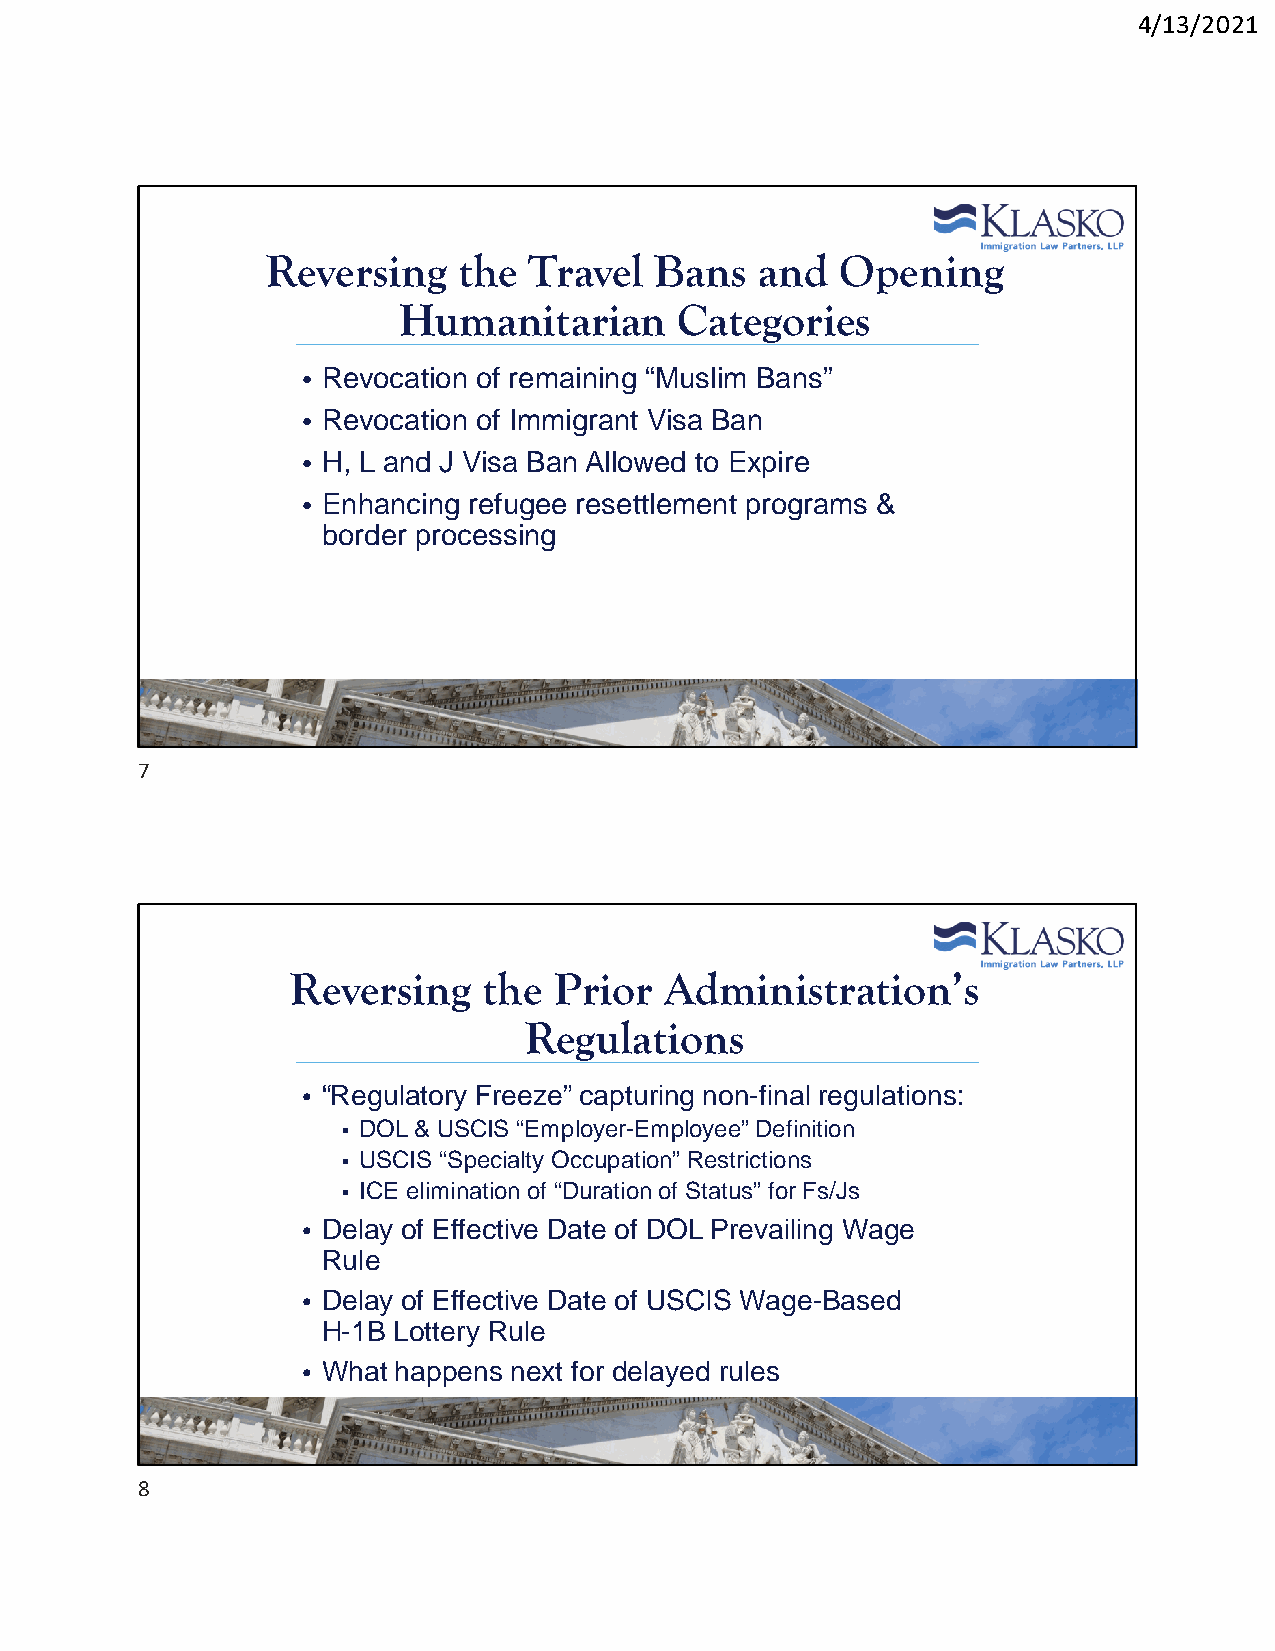
4/13/2021
 Reversing   the  Travel  Bans   and   Opening
 Humanitarian       Categories
 • Revocation of remaining “Muslim Bans”
 • Revocation of Immigrant Visa Ban
 • H, L and J Visa Ban Allowed to Expire
 • Enhancing refugee resettlement programs &
 border processing
 7
 Reversing    the  Prior  Administration’s
 Regulations
 • “Regulatory Freeze” capturing non-final regulations:
  DOL & USCIS “Employer-Employee” Definition
  USCIS “Specialty Occupation” Restrictions
  ICE elimination of “Duration of Status” for Fs/Js
 • Delay of Effective Date of DOL Prevailing Wage
 Rule
 • Delay of Effective Date of USCIS Wage-Based
 H-1B Lottery Rule
 • What happens next for delayed rules
 8